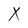
Character: X